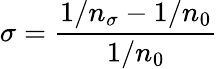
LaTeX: \sigma=\frac{1/n_{\sigma}-1/n_{0}}{1/n_{0}}